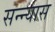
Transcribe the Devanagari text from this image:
सन्न्यास